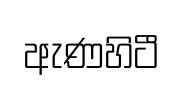
ඇණහිටී